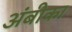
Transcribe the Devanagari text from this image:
अंबीका